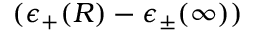
( \epsilon _ { + } ( R ) - \epsilon _ { \pm } ( \infty ) )